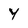
Character: y